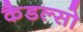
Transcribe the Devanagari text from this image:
कैडल्सो